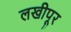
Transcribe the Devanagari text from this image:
लखीपूर